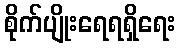
စိုက်ပျိုးရေရရှိရေး